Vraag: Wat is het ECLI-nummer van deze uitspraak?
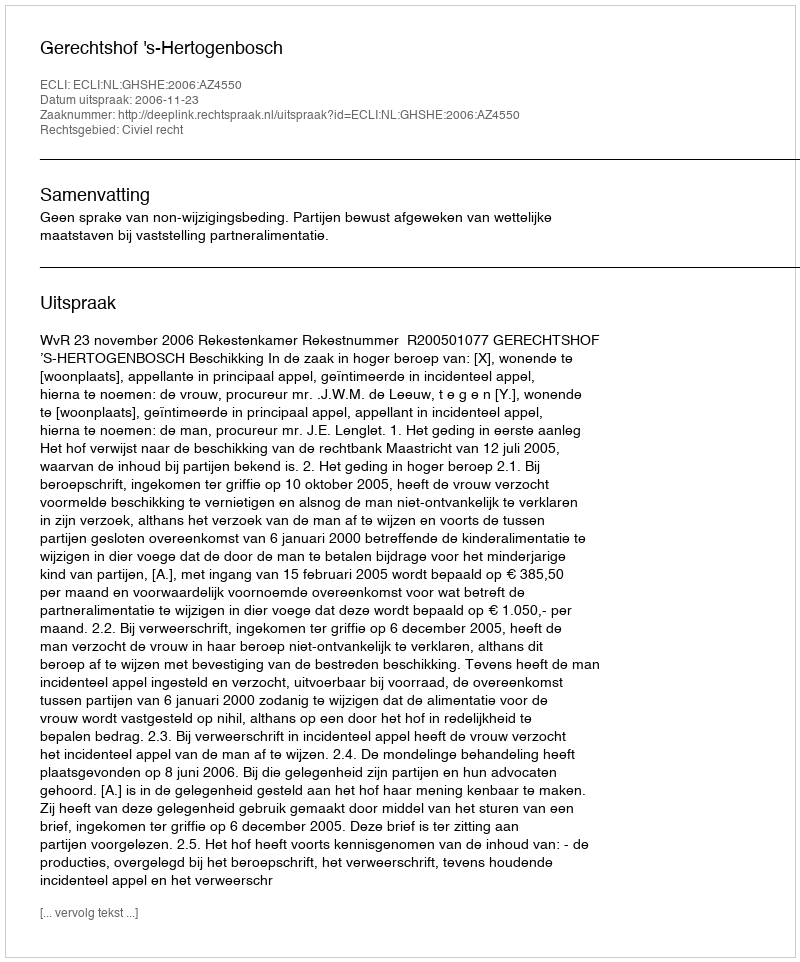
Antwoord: ECLI:NL:GHSHE:2006:AZ4550